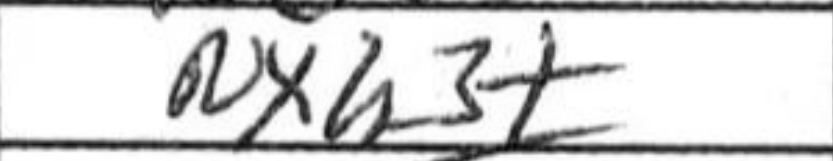
Transcription: Nxh3+